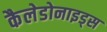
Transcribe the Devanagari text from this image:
कैलेडोनाइड्स